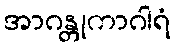
အာဂန္တုကာဂါရံ